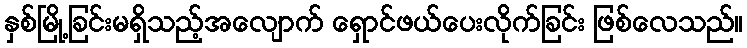
နှစ်မြို့ခြင်းမရှိသည့်အလျောက် ရှောင်ဖယ်ပေးလိုက်ခြင်း ဖြစ်လေသည်။